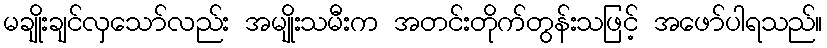
မချိုးချင်လှသော်လည်း အမျိုးသမီးက အတင်းတိုက်တွန်းသဖြင့် အဖော်ပါရသည်။